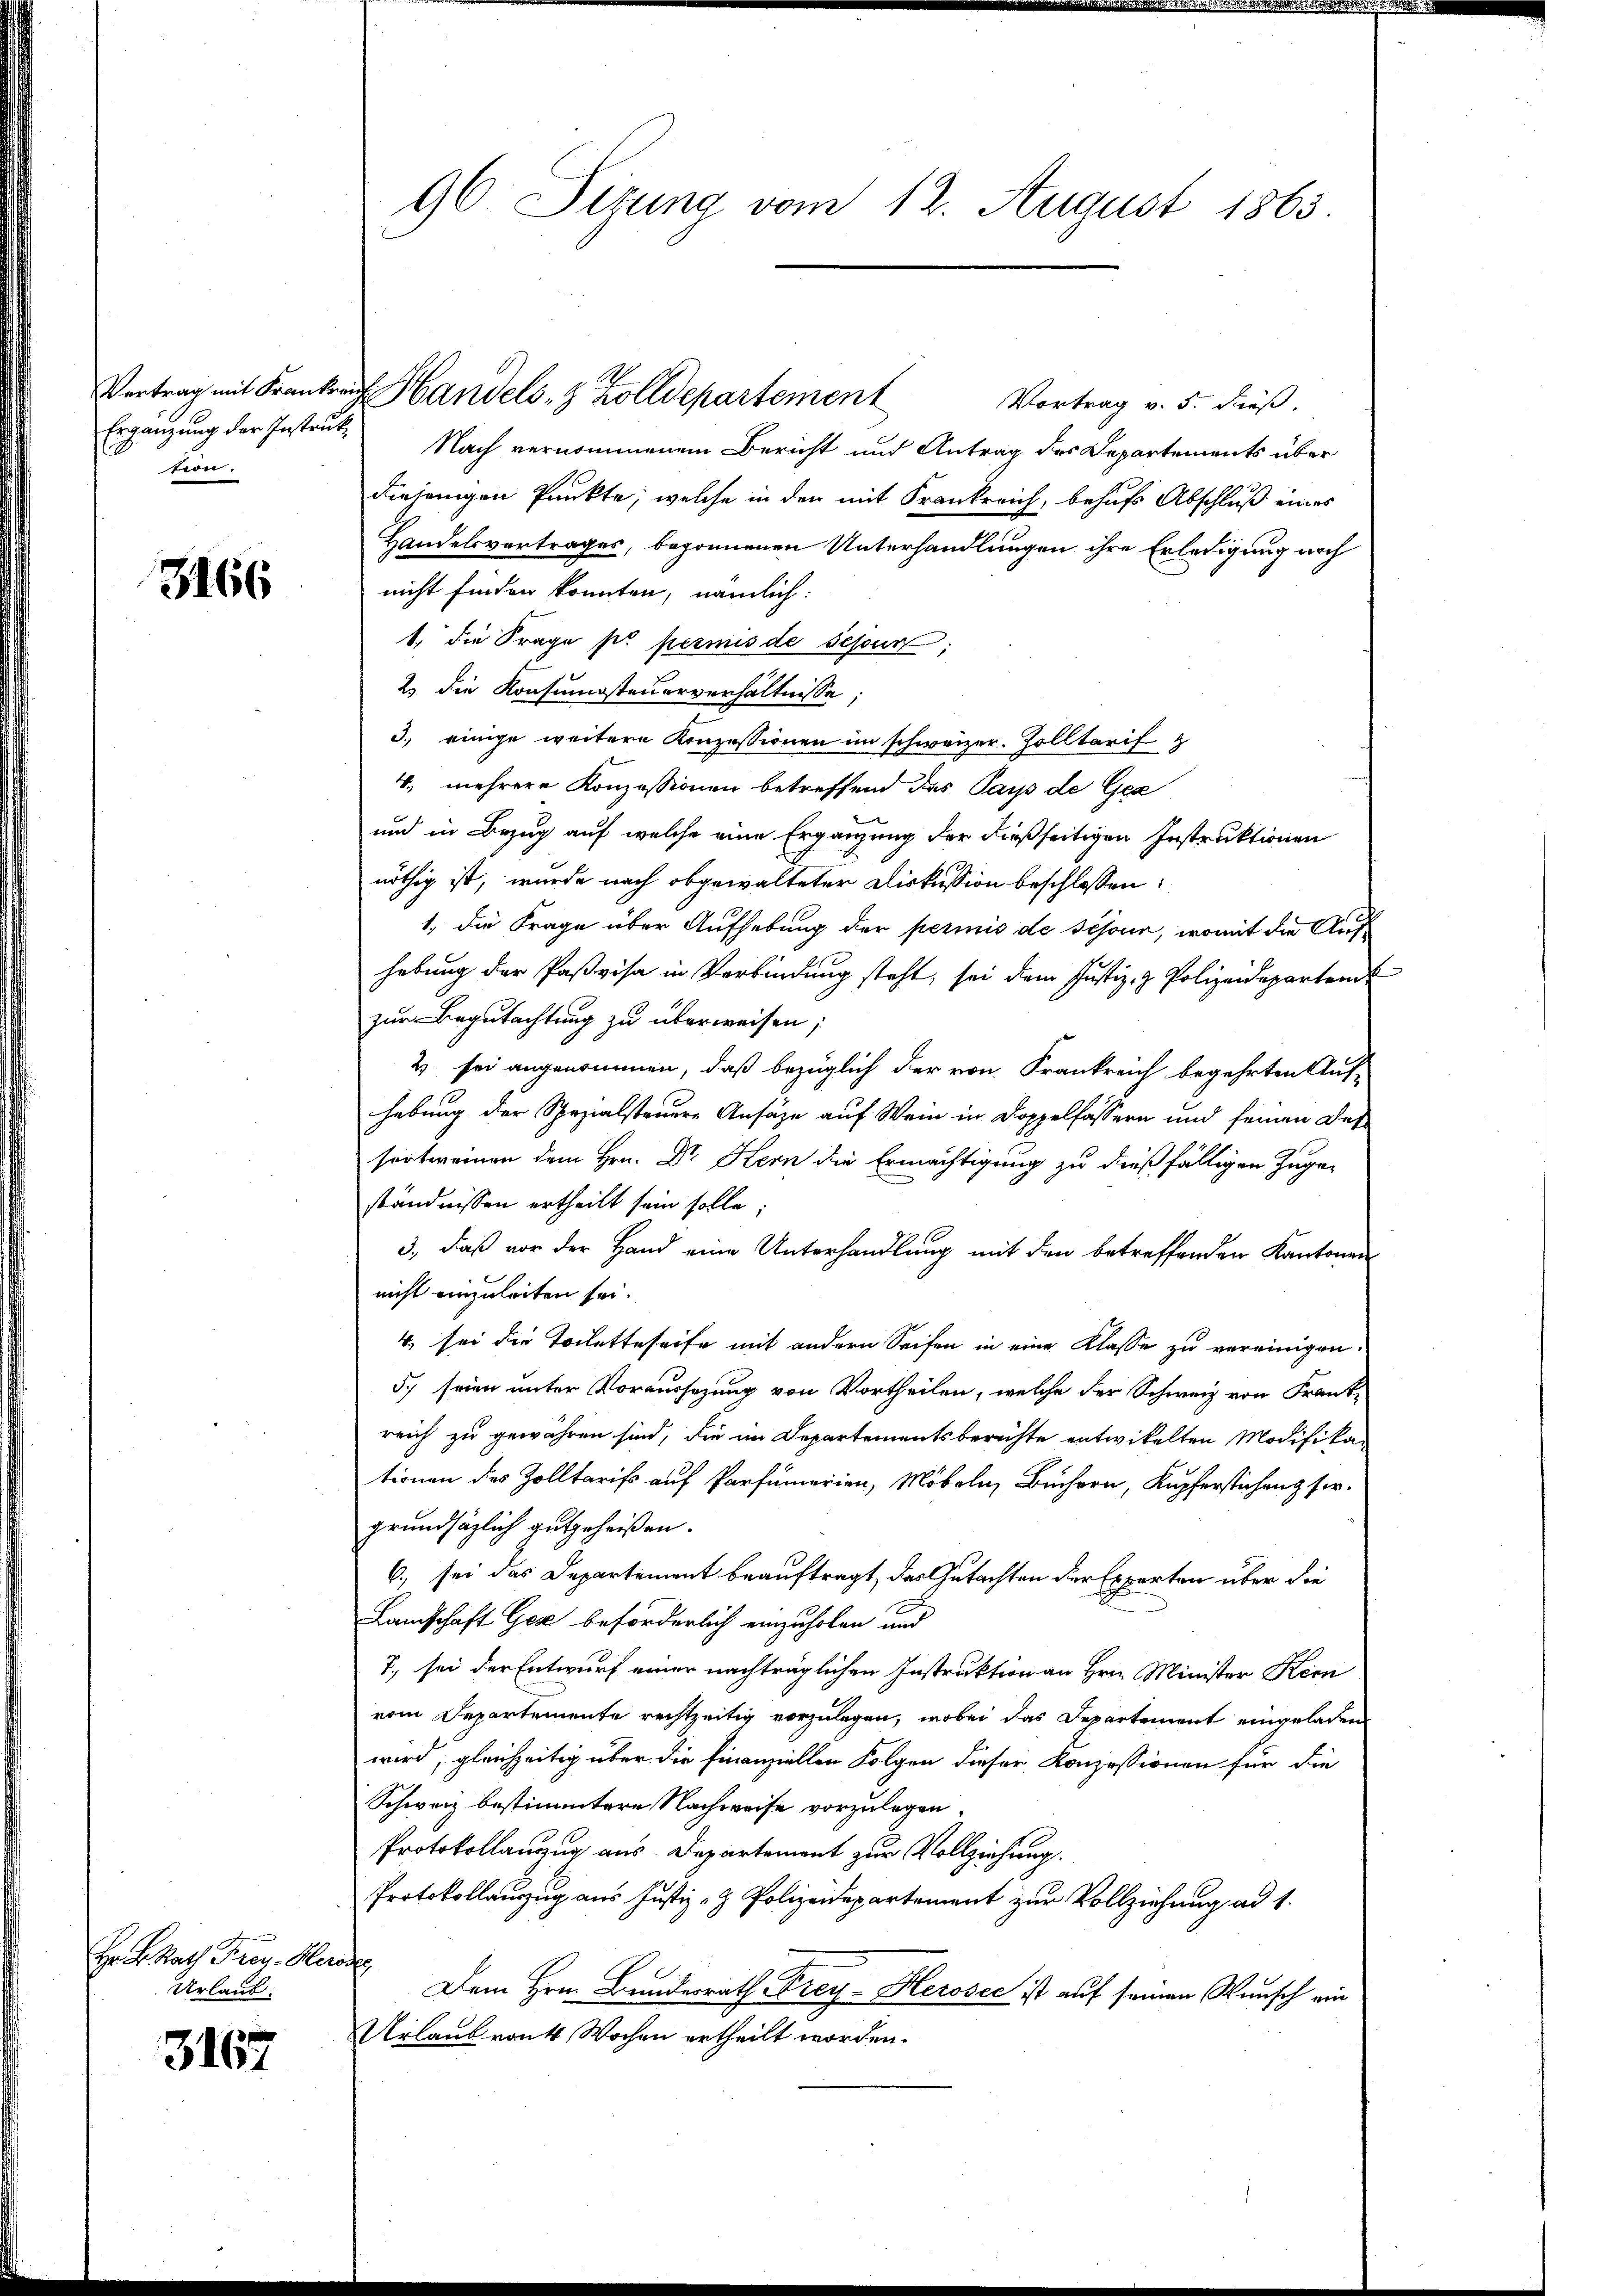
Ergänzung der Instruktion.

3166

Hr. K. Rath Frey. Herode,
Urlaub.

3167

96 Sizung vom 12. August 1863.

Vortrag mit Frankraft Handels 8 Zolldepartement

Vortrag v. 5. dieß.
Nach vernommenem Bericht und Antrag des Departements über
diejenigen Punkte, welche in den mit Frankreich, behufs Abschluß eines
Handelsvertrages, begonnenen Unterhandlungen ihre Erledigung noch
nicht finden konnten, nämlich:
1. die Frage pr permis de sessur,
2.) die Konsumsteuerverhältnisse;
3. einige weitere Konzessionen im schweizer. Zolltarif z
4. mehrere Konzessionen betreffend das Pays de Gex
und in Bezug auf welche eine Ergänzung der dießseitigen Instruktionen
nöthig ist, wurde nach abgewalteter Diskussion beschlossen:
1, die Frage über Aufhebung der permis de schöne, womit die Aufhebung der Paßvisa in Verbindung steht, sei dem Justiz- & Polizeidepartend
zur Begutachtung zu überweisen;
2 sei angenommen, daß bezüglich der von Frankreich begehrten Auf-
hebung der Spezialsteuere Ansätze auf Wein in Doppelfassern und seinen Desfortweinen dem Hrn. Dr. Hern die Ermächtigung zu dießfälligen Jugen
ständnissen ertheilt sein solle;
3., daß vor der Hand eine Unterhandlung mit den betreffenden Kantonen
nicht einzuleiten sei.
4. sei die Toiletteseife mit andern Seifen in eine Klasse zu vereinigen.
5. seien unter Voraussezung von Vortheilen, welche der Schweiz von Frank-
reich zu gewähren sind, die im Departementsberichte entwickelten Modifikationen des Zolltarifs auf Parfümerien, Möbeln, Büchern, Kupferstichen ser
grundsätzlich gutgeheißen.
6., sei das Departement beauftragt, das Gutachten der Experten über die
Lanschaft Gese beförderlich einzuholen und
7. sei der Entwurf einer nachträglichen Instruktion an Hrn. Minister Kenn
vom Departemente rechtzeitig vorzulegen, wobei das Departement eingeladen
wird, gleichzeitig über die Finanziellen Folgen dieser Konzessionen für die
Schweiz bestimmtere Nachweise vorzulegen.
Protokollanzug aus Departement zur Vollziehung.
Protokollanzug aus Justiz- & Polizeidepartement zur Vollziehung ad 1.
Dem Hrn. Bundesrath Frey- Herosec ist auf seinen Wunsch ein
Urlaub von 4 Wochen ertheilt worden.